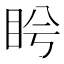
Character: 𥅎